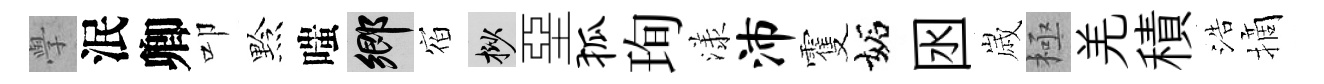
𭓕泯卿叩黔嗤鄉𪧐挲堊狐珣漾沛䨥妬囦𡻕極羌積浩摘